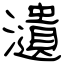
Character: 瀢